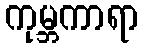
ကုမ္ဘကာရာ